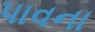
પાવના